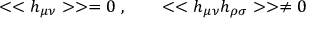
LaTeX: < < h _ { \mu \nu } > > = 0 ~ , \qquad < < h _ { \mu \nu } h _ { \rho \sigma } > > \ne 0